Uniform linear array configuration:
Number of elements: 64
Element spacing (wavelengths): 0.75
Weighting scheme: cosine
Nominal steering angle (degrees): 45
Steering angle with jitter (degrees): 44.167
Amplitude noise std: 0.05
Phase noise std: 0.05

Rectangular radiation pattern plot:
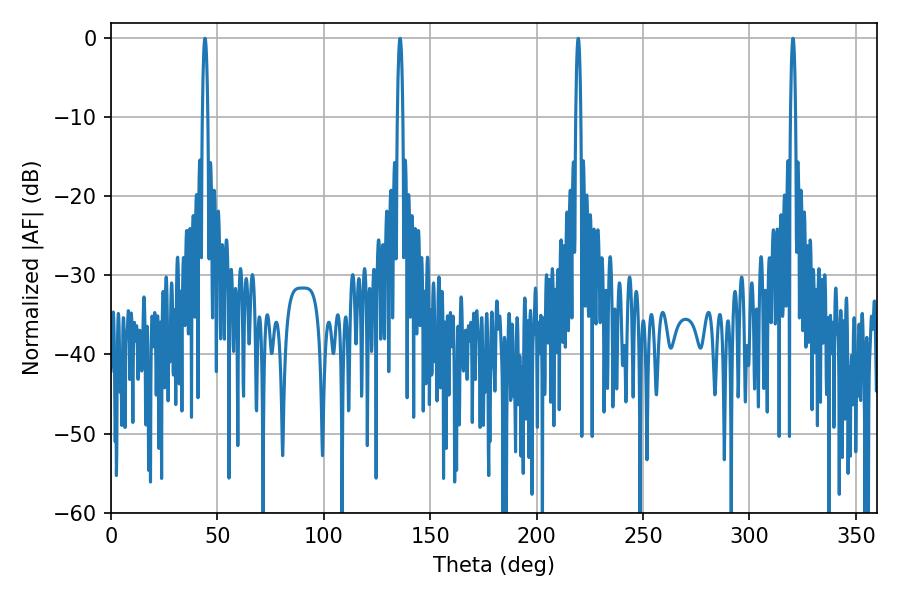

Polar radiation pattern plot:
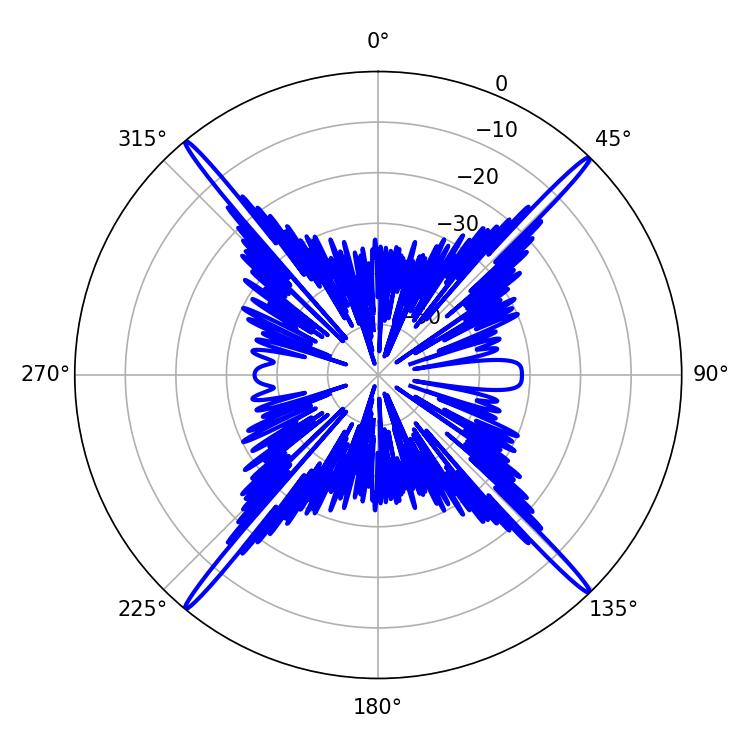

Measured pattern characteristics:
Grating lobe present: TRUE
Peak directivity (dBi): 25.083
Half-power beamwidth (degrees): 1.26
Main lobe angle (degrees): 44.1